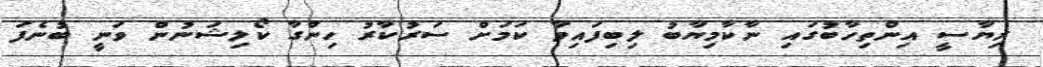
ރިޔާސީ އިންތިހާބުގައި ނާކާމިޔާބު ލިބިފައިވާ ކަަމަށް ސަރުކާރު ހިންގާ ކޯލިޝަނުން ވަނީ ބުނެފަ